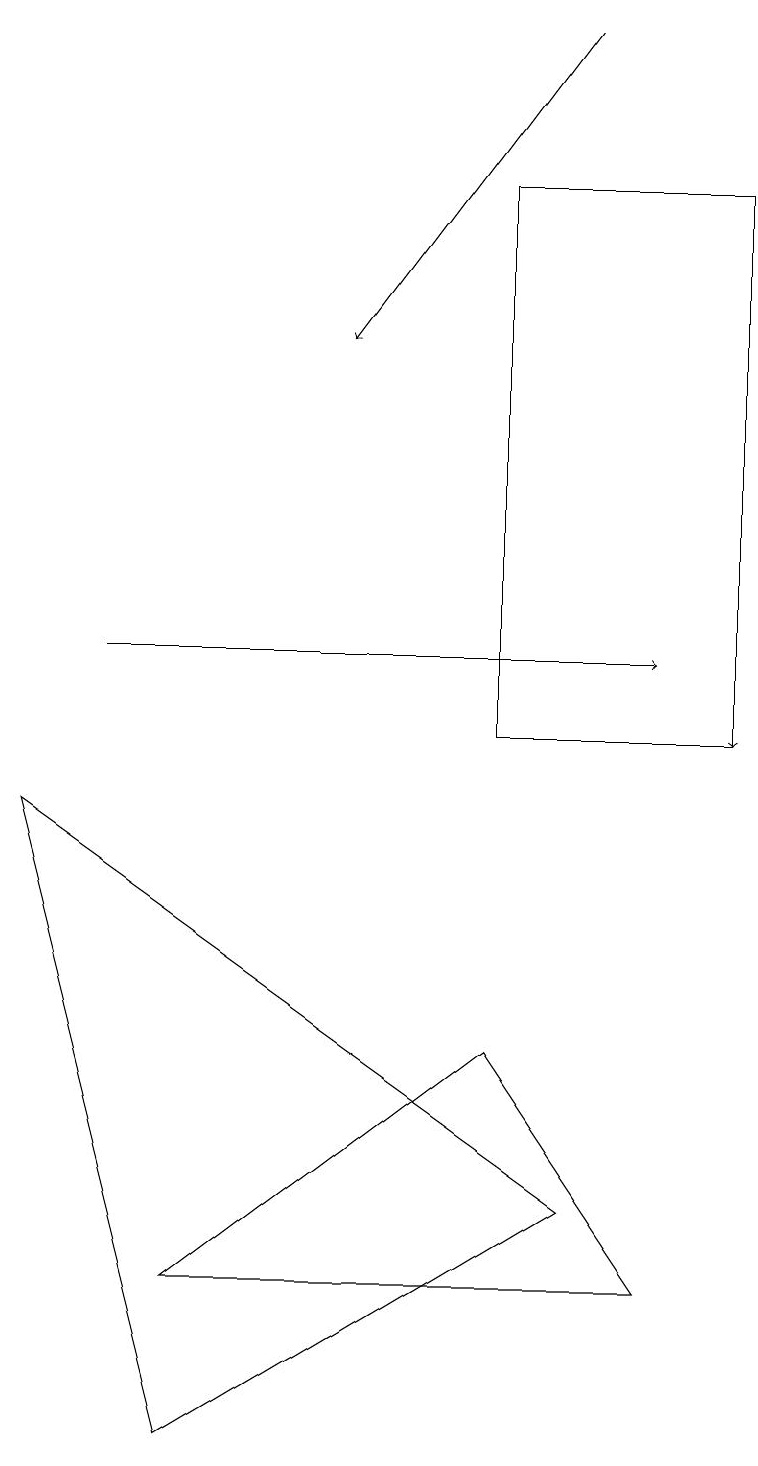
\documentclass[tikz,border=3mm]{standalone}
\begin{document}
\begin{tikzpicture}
\draw[->] (1,11) -- (8,11);
\draw (9,10) rectangle (6,17);
\draw (6,6) -- (2,3) -- (8,3) -- cycle;
\draw[->] (7,19) -- (4,15);
\draw (0,9) -- (7,4) -- (2,1) -- cycle;
\draw[->] (9,15) -- (9,10);
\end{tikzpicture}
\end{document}